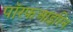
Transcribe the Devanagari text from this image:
पॉरफआइरिन